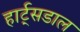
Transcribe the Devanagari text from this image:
हार्ट्‌सडाल